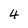
Character: 4